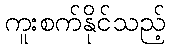
ကူးစက်နိုင်သည့်